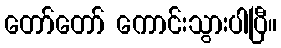
တော်တော် ကောင်းသွားပါပြီ။